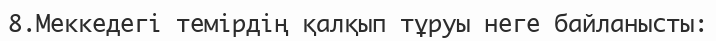
8.Меккедегі темірдің қалқып тұруы неге байланысты: